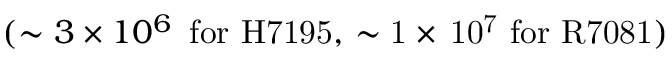
( \sim 3 \times 1 0 ^ { 6 } \, \, \mathrm { \, f o r \, \, H 7 1 9 5 , \, \sim 1 \times \, 1 0 ^ { 7 } \, \, f o r \, \, R 7 0 8 1 ) }